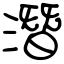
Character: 潛